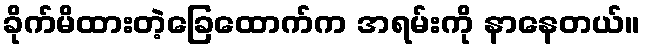
ခိုက်မိထားတဲ့ခြေထောက်က အရမ်းကို နာနေတယ်။